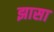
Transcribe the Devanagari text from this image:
झासा